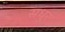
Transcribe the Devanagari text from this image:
सधुर